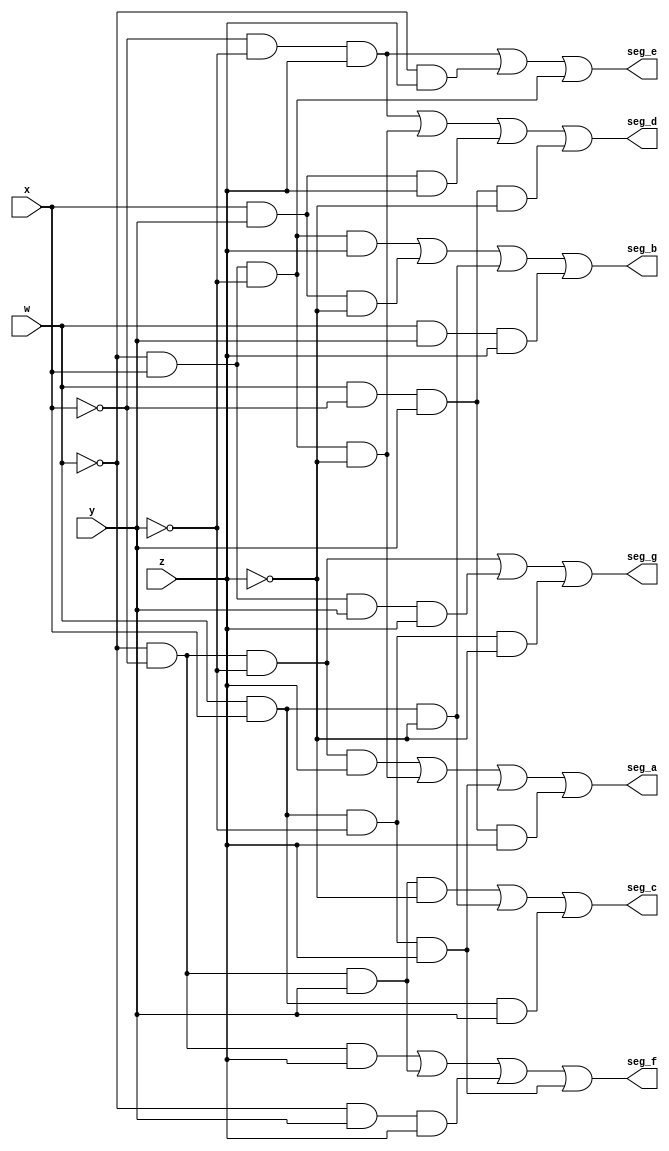
module BinaryToHexadecimal (

input w,x,y,z,

output seg_a,seg_b,seg_c,seg_d,seg_e,seg_f,seg_g);


//Logica combinacional para la salida a cada segmento
assign seg_a = ~w&~x&~y&z | ~w&x&~y&~z | w&x&~y&z |w&~x&y&z;
assign seg_b = ~w&x&~y&z | x&y&~z | w&x&~z | w&y&z;
assign seg_c = ~w&~x&y&~z | w&x&~z | w&x&y;
assign seg_d = ~x&~y&z | ~w&x&~y&~z | x&y&z | w&~x&y&~z;
assign seg_e = ~x&~y&z | ~w&z | ~w&x&~y;
assign seg_f = ~w&~x&z | ~w&~x&y | ~w&y&z | w&x&~y&z;
assign seg_g = ~w&~x&~y | ~w&x&y&z | w&x&~y&~z;

endmodule